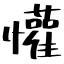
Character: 懽